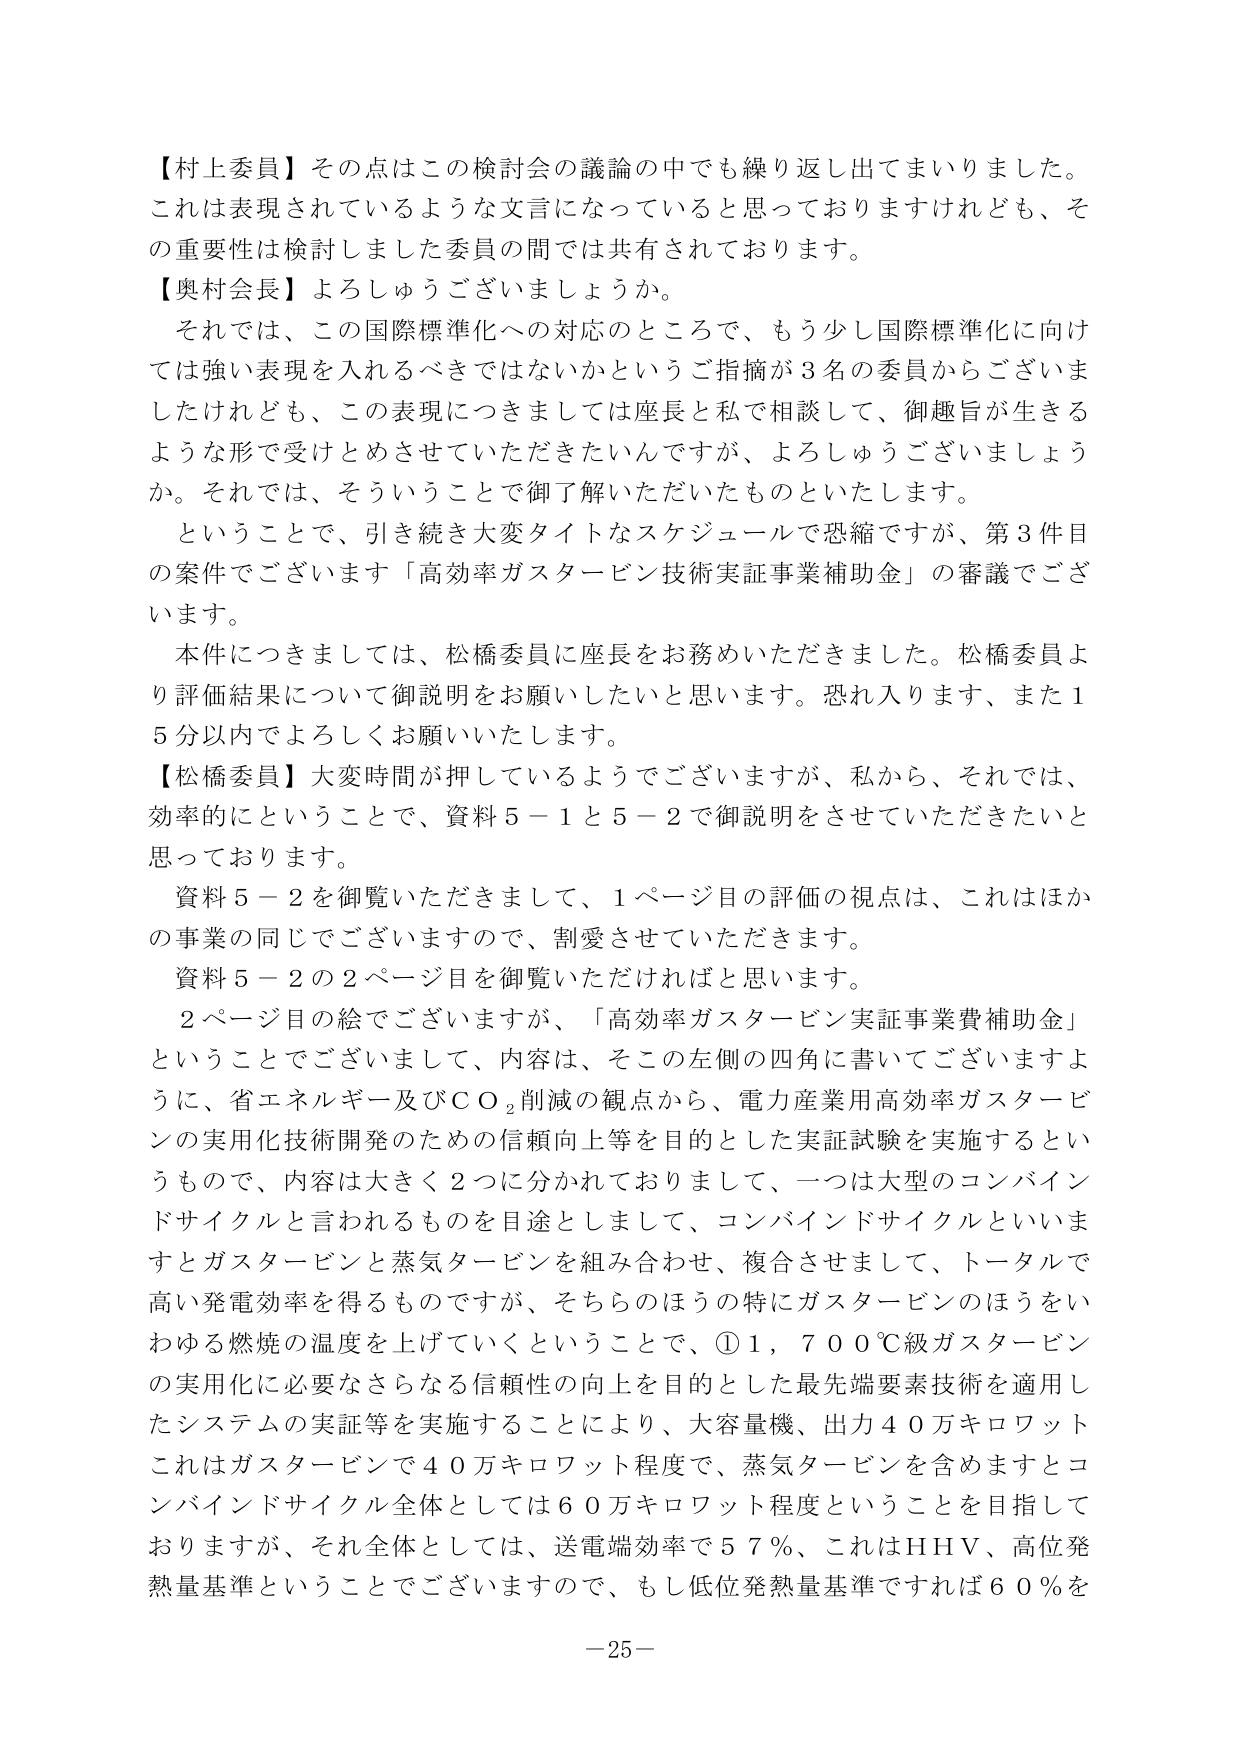
【村上委員】その点はこの検討会の議論の中でも繰り返し出てまいりました。これは表現されているような文言になっていると思っておりますけれども、その重要性は検討しました委員の間では共有されております。

【奥村会長】よろしうございますか。

それでは、この国際標準化への対応のところで、もう少し国際標準化に向けては強い表現を入れるべきではないかというご指摘が3名の委員からございましたけれども、この表現につきましては座長と私で相談して、御趣旨が生きるような形で受けとめさせていただきたいんですが、よろしうございますか。それでは、そういうことで御了解いただいたものといたします。

ということで、引き続き大変タイトなスケジュールで恐縮ですが、第3件目の案件でございます「高効率ガスタービン技術実証事業補助金」の審議でございます。

本件につきましては、松橋委員に座長をお務めいただきました。松橋委員より評価結果について御説明をお願いしたいと思います。恐れ入ります、また15分以内でよろしくお願いいたします。

【松橋委員】大変時間が押しているようでございますが、私から、それでは、効率的にということで、資料5－1と5－2で御説明をさせていただきたいと思っております。

資料5－2を御覧いただきまして、1ページ目の評価の視点は、これはほかの事業の同じでございますので、割愛させていただきます。

資料5－2の2ページ目を御覧いただければと思います。

2ページ目の絵でございますが、「高効率ガスタービン実証事業費補助金」ということでございまして、内容は、そこの左側の四角に書いてございますように、省エネルギー及びＣＯ₂削減の観点から、電力産業用高効率ガスタービンの実用化技術開発のための信頼向上等を目的とした実証試験を実施するというもので、内容は大きく2つに分かれておりまして、一つは大型のコンバインドサイクルと言われるものを目途としまして、コンバインドサイクルといいますとガスタービンと蒸気タービンを組み合わせ、複合させまして、トータルで高い発電効率を得るものですが、そちらのほうの特にガスタービンのほうをいわゆる燃焼の温度を上げていくということで、①1，700℃級ガスタービンの実用化に必要なさらなる信頼性の向上を目的とした最先端要素技術を適用したシステムの実証等を実施することにより、大容量機、出力40万キロワットこれはガスタービンで40万キロワット程度で、蒸気タービンを含めますとコンバインドサイクル全体としては60万キロワット程度ということを目指しておりますが、それ全体としては、送電端効率で57％、これはHHV、高位発熱量基準ということでございますので、もし低位発熱量基準ですれば60％を

－25－